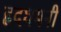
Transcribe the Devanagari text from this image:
हृदधमनी